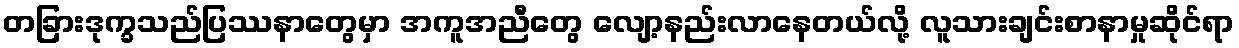
တခြားဒုက္ခသည်ပြဿနာတွေမှာ အကူအညီတွေ လျော့နည်းလာနေတယ်လို့ လူသားချင်းစာနာမှုဆိုင်ရာ